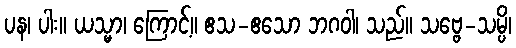
ပန၊ ပါး။ ယသ္မာ၊ ကြောင့်။ ဧသ-ဧသော ဘဂဝါ၊ သည်။ သဗ္ဗေ-သမ္ပိ၊